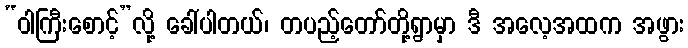
“ဝါကြီးစောင့်”လို့ ခေါ်ပါတယ်၊ တပည့်တော်တို့ရွာမှာ ဒီ အလေ့အထက အဖွား